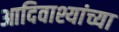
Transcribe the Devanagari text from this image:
आदिवाश्यांच्या